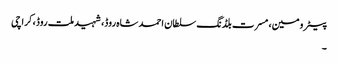
پیٹرومین، مسرت بلڈنگ سلطان احمد شاہ روڈ، شہید ملت روڈ، کراچی
۔